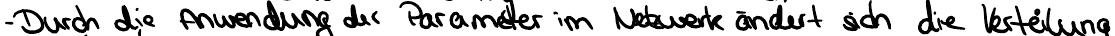
- Durch die Anwendung der Parameter im Netzwerk ändert sich die Verteilung